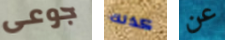
جوعى كذلك عن